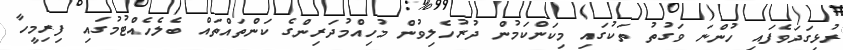
ރުޅިގަދަވެފައި ހުންނަ ވަގުތު ތަކުގައި މިކަންކަމުން ދުރުހެލިވުން މުހިއްމުދަރިންގެ ކަންތައްތައް ބެެލެހެއްޓުމުގައި ފިރިމީހާ